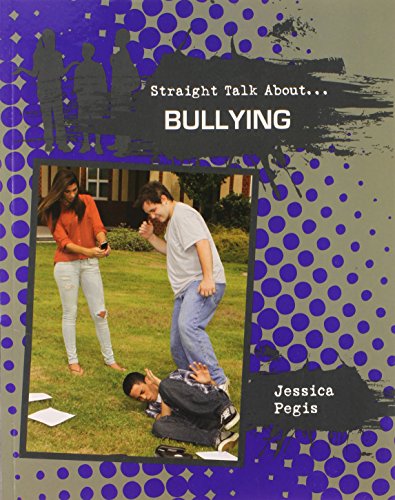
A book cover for Bullying (Straight Talk About...(Crabtree)); Jessica Pegis; Teen & Young Adult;